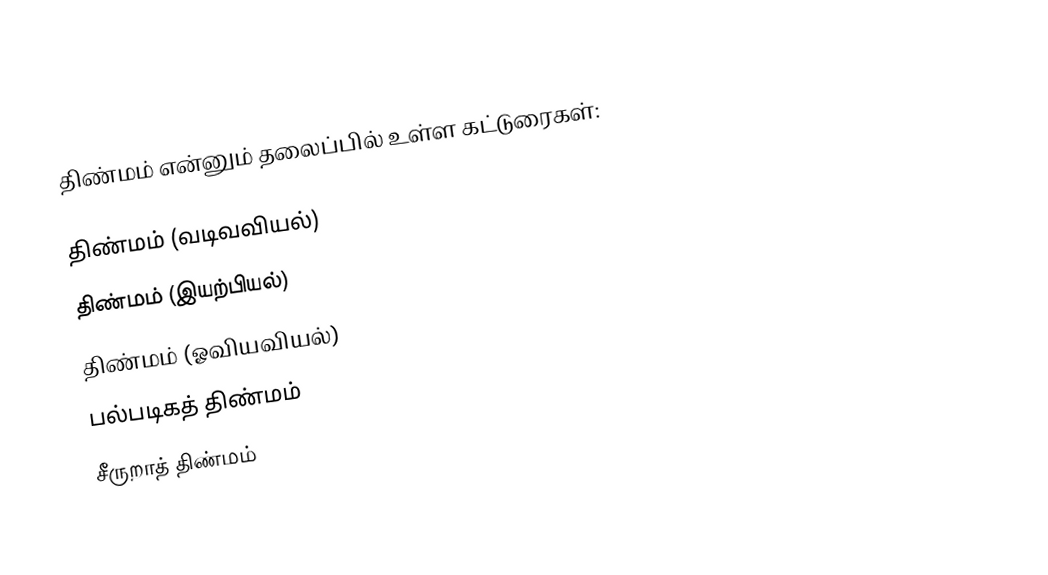
திண்மம் என்னும் தலைப்பில் உள்ள கட்டுரைகள்:

திண்மம் (வடிவவியல்)
திண்மம் (இயற்பியல்)
திண்மம் (ஓவியவியல்)
பல்படிகத் திண்மம்
சீருறாத் திண்மம்